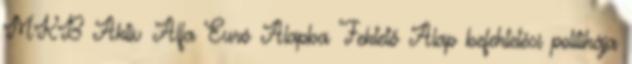
MKB Aktív Alfa Euró Alapba Fektető Alap befektetési politikája